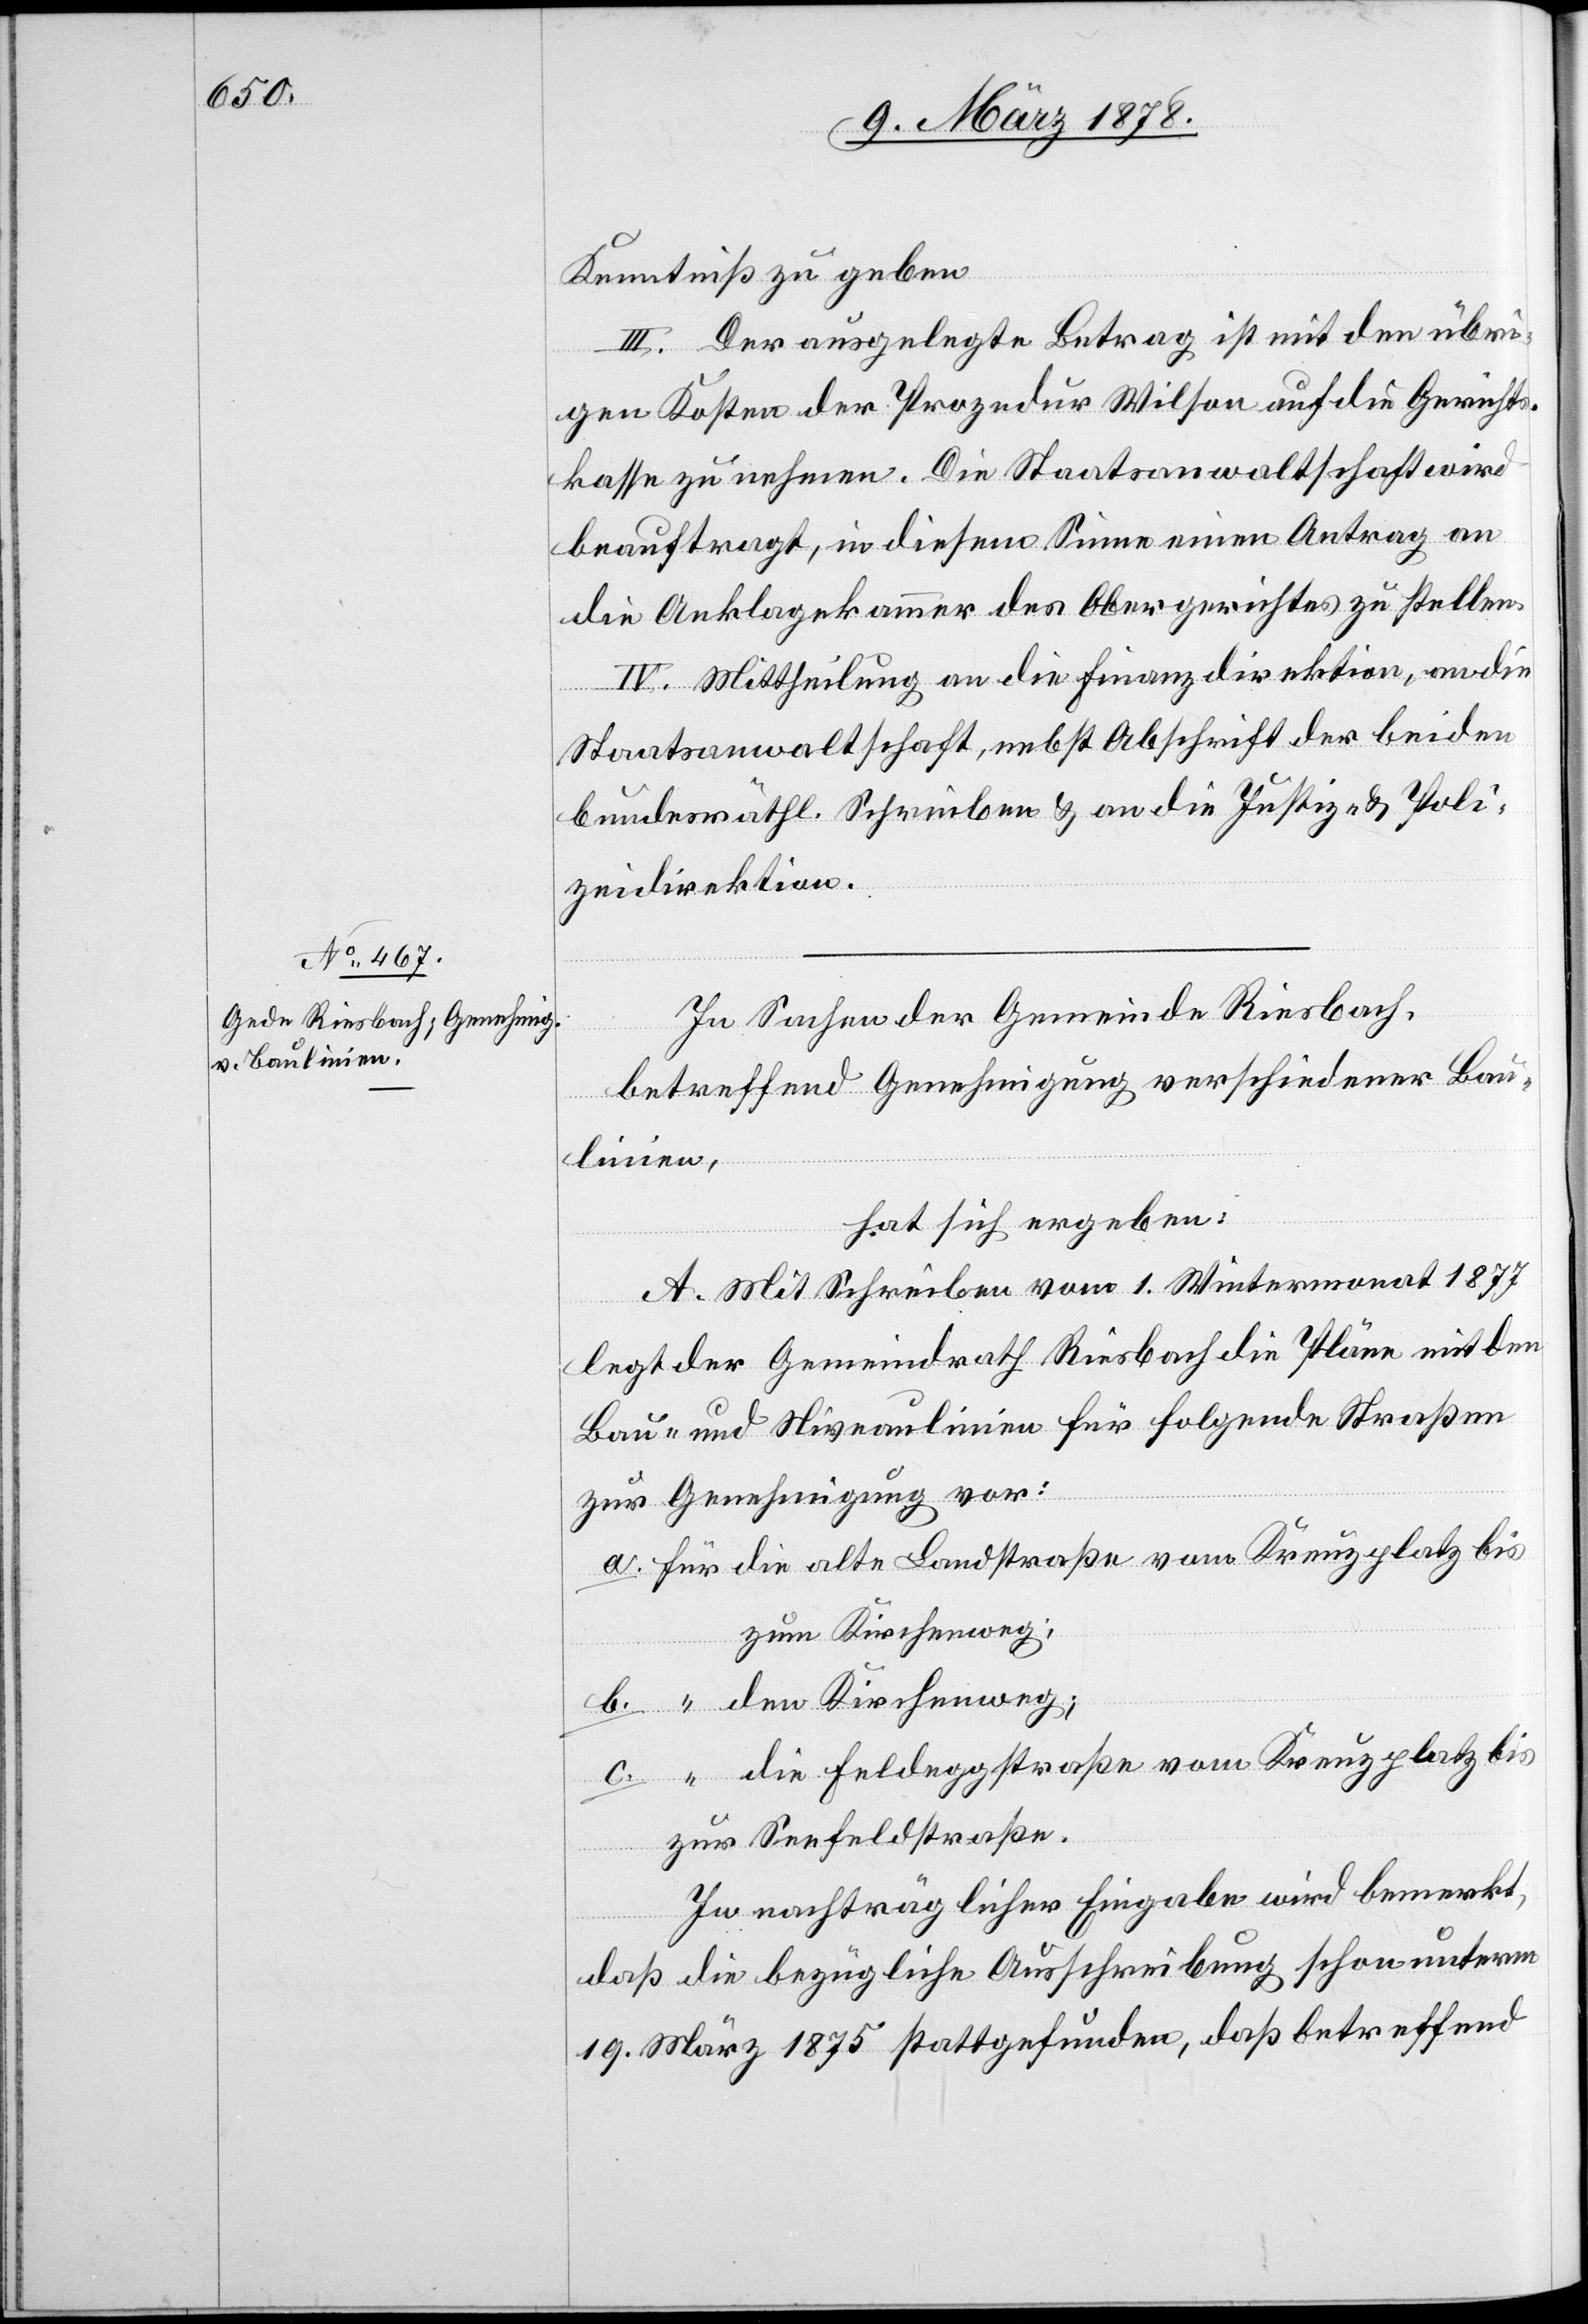
Kenntniß zu geben.
III. Der ausgelegte Betrag ist mit den übri¬
linien,
gen Kosten der Prozedur Wilson auf die Gerichts¬
kasse zu nehmen. Die Staatsanwaltschaft wird
beauftragt, in diesem Sinne einen Antrag an
die Anklagekammer des Obergerichtes zu stellen.
IV. Mittheilung an die Finanzdirektion, an die
Staatsanwaltschaft, nebst Abschrift der beiden
bundesräthl. Schreiben & an die Justiz- & Poli¬
zeidirektion.
In Sachen der Gemeinde Riesbach,
betreffend Genehmigung verschiedener Bau¬
hat sich ergeben:
A. Mit Schreiben vom 1. Wintermonat 1877
legt der Gemeindrath Riesbach die Pläne mit den
Bau- und Niveaulinien für folgende Straßen
zur Genehmigung vor:
a. für die alte Landstraße vom Kreuzplatz bis
zum Kirchenweg;
b. “ den Kirchenweg;
c. “ die Feldeggstraße vom Kreuzplatz bis
zur Seefeldstraße.
In nachträglicher Eingabe wird bemerkt,
daß die bezügliche Ausschreibung schon unterm
19. März 1875 stattgefunden, daß betreffend